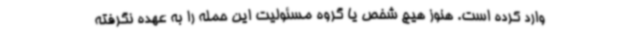
وارد کرده است. هنوز هیچ شخص یا گروه مسئولیت این حمله را به عهده نگرفته